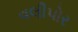
વલીપોર